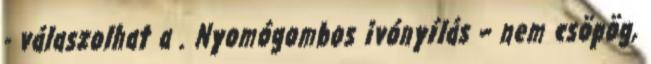
- válaszolhat a . Nyomógombos ivónyílás – nem csöpög,